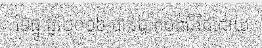
ខែធ្នូ ឆ្នាំ២០១៦ បានបាត់បង់ជីវិតដោយ